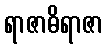
ရာဇာဓိရာဇာ